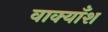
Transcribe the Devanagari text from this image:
वाक्याँश